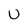
Character: u